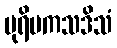
ပုရိမကသဒိသံ